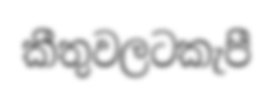
කීතුවලටකැපී